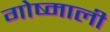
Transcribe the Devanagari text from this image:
गोष्माली